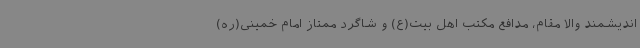
اندیشمند والا مقام، مدافع مکتب اهل بیت(ع) و شاگرد ممتاز امام خمینی(ره)